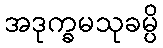
အဒုက္ခမသုခမ္ပိ